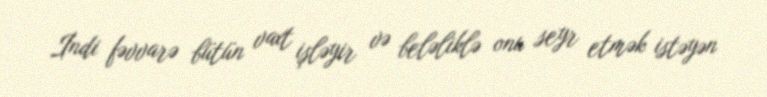
İndi fəvvarə bütün vaxt işləyir və beləliklə onu seyr etmək istəyən